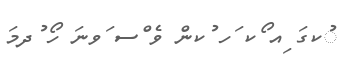
ުކގަ ިއ ޯކ ަހ ުކން ވެ ްސ ަވނަ ހޯ ުދމަ